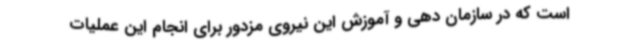
است که در سازمان دهی و آموزش این نیروی مزدور برای انجام این عملیات